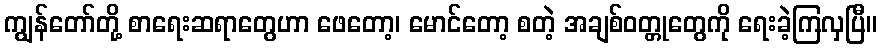
ကျွန်တော်တို့ စာရေးဆရာတွေဟာ ဖေတော့၊ မောင်တော့ စတဲ့ အချစ်ဝတ္တုတွေကို ရေးခဲ့ကြလှပြီ။